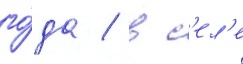
го́да / в с'ел'е